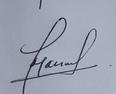
Signature authenticity: genuine